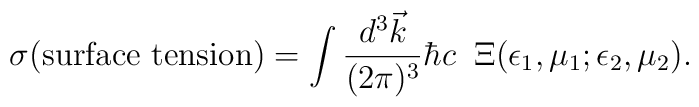
\sigma({\rm surface~tension}) =  \int {d^3 \vec k\over(2\pi)^3} \hbar c \; \;\Xi(\epsilon_1,\mu_1;\epsilon_2,\mu_2).